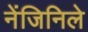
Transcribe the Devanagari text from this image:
नेंजिनिले